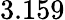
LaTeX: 3.159